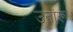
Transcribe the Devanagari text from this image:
उतांरू